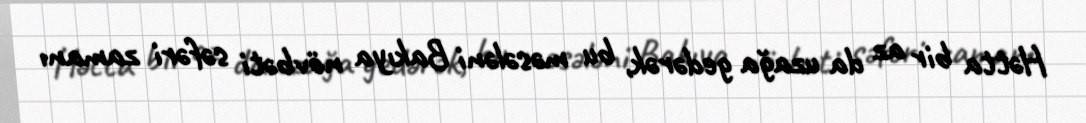
Hətta bir az da uzağa gedərək, bu məsələni Bakıya növbəti səfəri zamanı